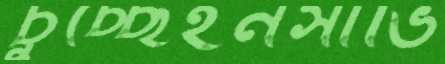
চুচ্ছেইনসার্ভি